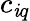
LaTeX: c_{\mathit{i}q}